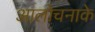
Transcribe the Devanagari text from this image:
आलोचनाके